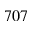
7 0 7